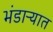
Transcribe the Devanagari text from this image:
भंडाऱ्यात